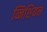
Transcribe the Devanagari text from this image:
व्निशियन